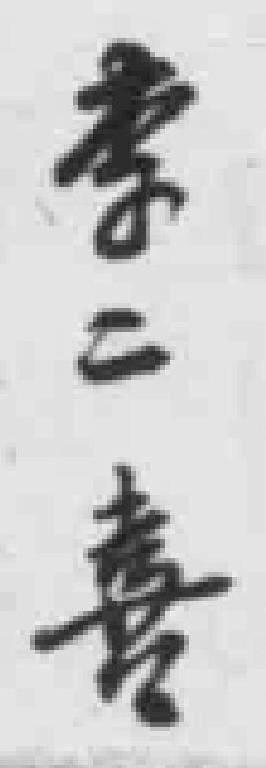
李二喜